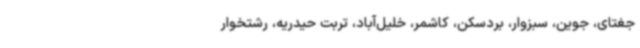
جغتای، جوین، سبزوار، بردسکن، کاشمر، خلیل‌آباد، تربت حیدریه، رشتخوار